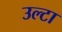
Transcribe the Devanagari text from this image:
उल्‍टा